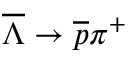
\overline { { \Lambda } } \rightarrow \overline { { p } } \pi ^ { + }